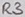
Text: R3